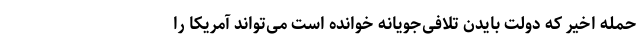
حمله اخیر که دولت بایدن تلافی‌جویانه خوانده است می‌تواند آمریکا را